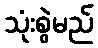
သုံးစွဲမည်